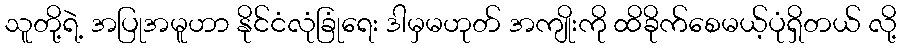
သူတို့ရဲ့ အပြုအမူဟာ နိုင်ငံလုံခြုံရေး ဒါမှမဟုတ် အကျိုးကို ထိခိုက်စေမယ့်ပုံရှိတယ် လို့